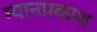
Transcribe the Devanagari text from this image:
ग्यानप्रकाश